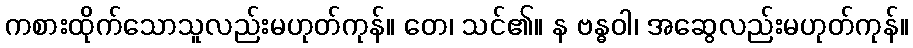
ကစားထိုက်သောသူလည်းမဟုတ်ကုန်။ တေ၊ သင်၏။ န ဗန္ဓဝါ၊ အဆွေလည်းမဟုတ်ကုန်။